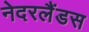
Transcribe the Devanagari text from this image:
नेदरलैंडस